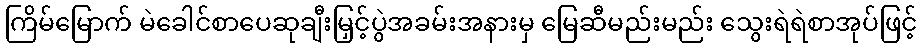
ကြိမ်မြောက် မဲခေါင်စာပေဆုချီးမြှင့်ပွဲအခမ်းအနားမှ မြေဆီမည်းမည်း သွေးရဲရဲစာအုပ်ဖြင့်